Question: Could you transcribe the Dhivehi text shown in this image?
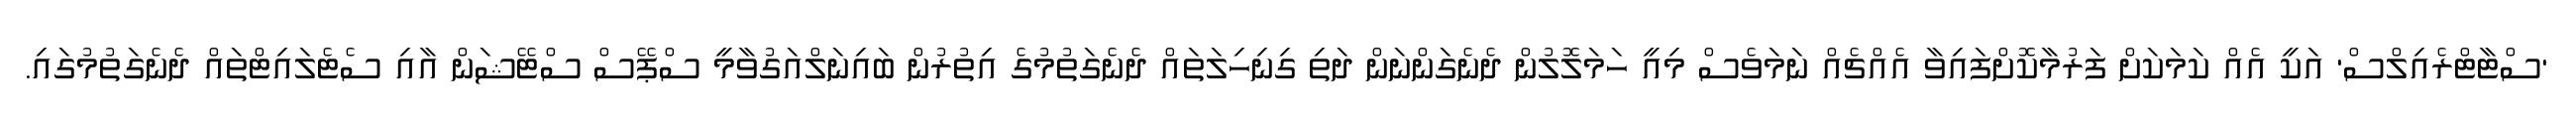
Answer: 'ސްޓާޓްރެއިލްސް' އަކީ އެއް ކަމަކަށް ފަރުމާކޮށްފައިވާ އެއްޗެއް ނަމަވެސް މިއީ ހަމަލޮލުން ދެނެގަންނަން ދަތި ގިނިހިލަތައް ދެނެގަތުމުގެ އިތުރުން ބައިނަލްއަގުވާމީ ސްޕޭސް ސްޓޭޝަން އާއި ސެޓެލައިޓްތައް ދެނެގަތުމުގައި.